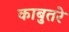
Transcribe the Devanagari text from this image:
काबुतरे